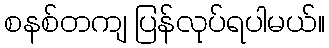
စနစ်တကျ ပြန်လုပ်ရပါမယ်။